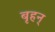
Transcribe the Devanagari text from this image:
बृहन्